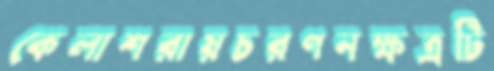
কেলাশরায়চরণনক্ষত্রটি